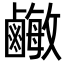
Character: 𪉾